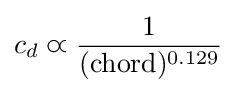
c_{d}\varpropto {\frac {1}{({\text{chord}})^{0.129}}}